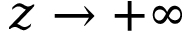
z \rightarrow + \infty